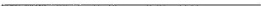
___